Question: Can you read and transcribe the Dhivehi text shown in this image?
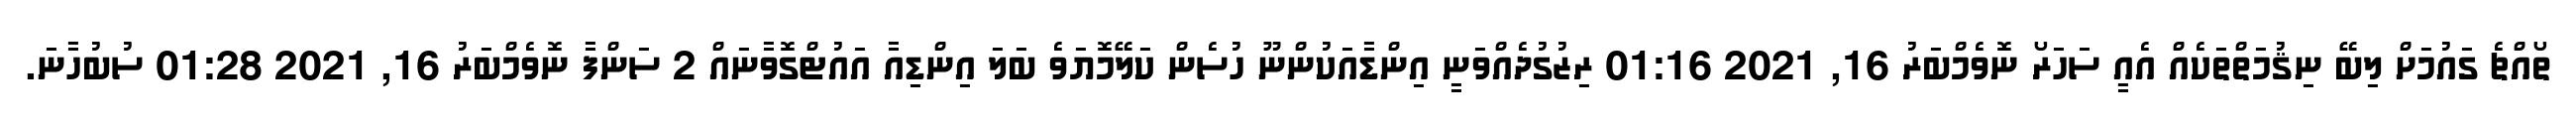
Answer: ތޯއްޗެ ގައުމަށް ލިބޭ ނިޤުމަތްތަކެއް އެއީ ސަހަރޯ ނޮވެމްބަރު 16, 2021 01:16 ރިޒުގުދެއްވަނީ އިންޑާއަކުންނޫ ހުސެން ކަލޭމޮޔަވެ ބަލަ އިންޑިއާ އައުޓްގޮވާނައް 2 ސަންފާ ނޮވެމްބަރު 16, 2021 01:28 ސުބުހާނަ.